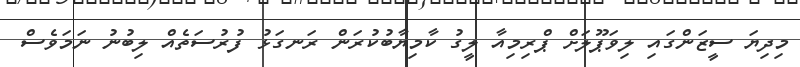
މިދިޔަ ސީޒަންގައި ލިވަޕޫލަށް ޕްރިމިއާ ލީގު ކާމިޔާބުކުރަން ރަނގަޅު ފުރުސަތެއް ލިބުނު ނަަމަވެސް